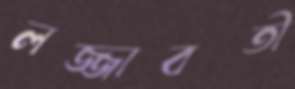
লজ্জাবতী